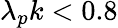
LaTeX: \lambda_{p}k<0.8